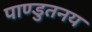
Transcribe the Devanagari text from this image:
पाण्डुतनय